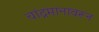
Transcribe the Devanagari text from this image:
चांद्रमानावरून